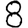
Digit: 8